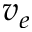
v _ { e }